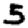
Digit: 5